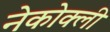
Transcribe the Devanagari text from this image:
नेकोक्ली